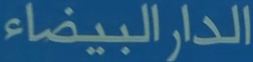
الدارالبيضاء